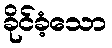
ခိုင်ခံ့သော